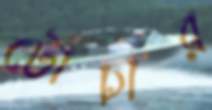
টোচার